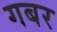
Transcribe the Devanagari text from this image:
गबर